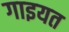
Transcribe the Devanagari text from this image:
गाइयत